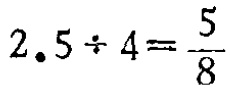
$2.5\div 4=\frac{5}{8}$